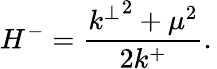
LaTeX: H^{-}=\frac{{k^{\perp}}^{2}+\mu^{2}}{2k^{+}}.\,